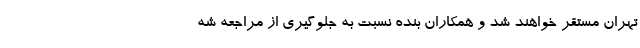
تهران مستقر خواهند شد و همکاران بنده نسبت به جلوگیری از مراجعه شه